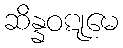
ဆိန္နဝဋုမေ